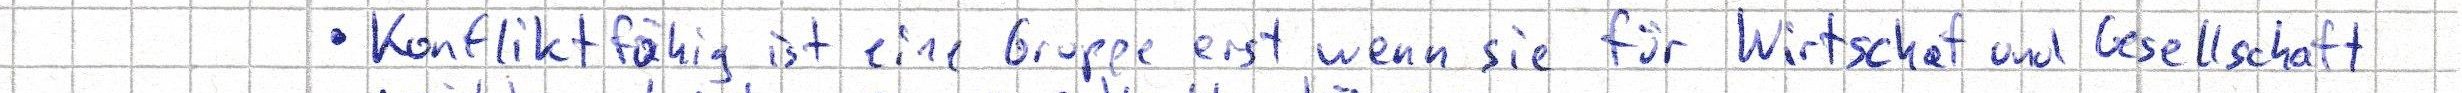
- Konfliktfähig ist eine Gruppe erst wenn sie für Wirtschaft und Gesellschaft